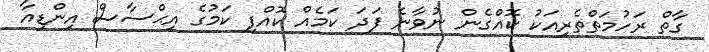
ގާތް ރަހުމަތްތެރިއަކު ކޮއްގެން ނުވާނެ ފަދަ ކަމެއް ކޮއްފި ކަމުގެ އިޙްސާސް އިންޑިއާ